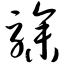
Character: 骖